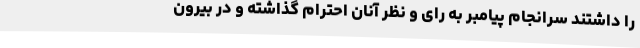
را داشتند سرانجام پیامبر به رای و نظر آنان احترام گذاشته و در بیرون